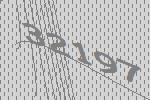
32197